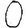
Digit: 0